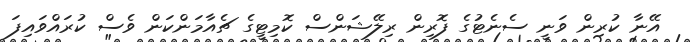
އޭނާ ކުރިން ވަނީ ސެނެޓުގެ ފޮރިން ރިލޭޝަންސް ކޮމިޓީގެ ޗެއާމަންކަން ވެސް ކުރައްވައިފަ